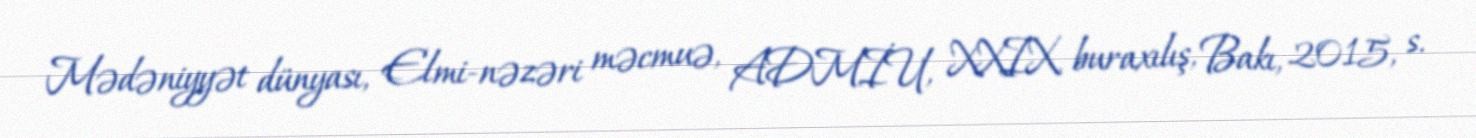
Mədəniyyət dünyası, Elmi-nəzəri məcmuə, ADMİU, XXIX buraxılış, Bakı, 2015, s.